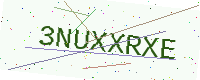
Text: 3NUXXRXE